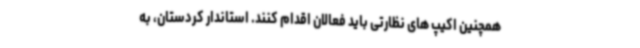
همچنین اکیپ های نظارتی باید فعالان اقدام کنند. استاندار کردستان، به